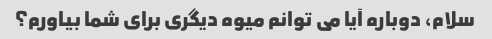
سلام، دوباره آیا می توانم میوه دیگری برای شما بیاورم؟